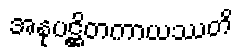
အနုပဋ္ဌိတကာယဿတိ